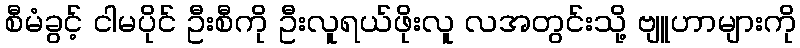
စီမံခွင့် ငါမပိုင် ဦးစီကို ဦးလူရယ်ဖိုးလူ လအတွင်းသို့ ဗျူဟာများကို